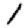
Digit: 1